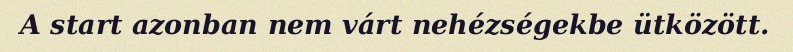
A start azonban nem várt nehézségekbe ütközött.